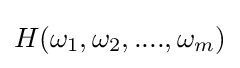
H(\omega _{1},\omega _{2},....,\omega _{m})